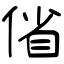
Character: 偗